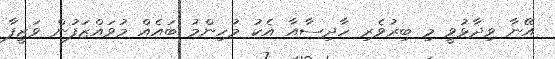
އޭނާ ވިދާޅުވީ މި ބިރުވެރި ހާދިސާއާ އެކު މުހިންމު ބައެއް މުވައްޒަފުން ވަޒީފާ